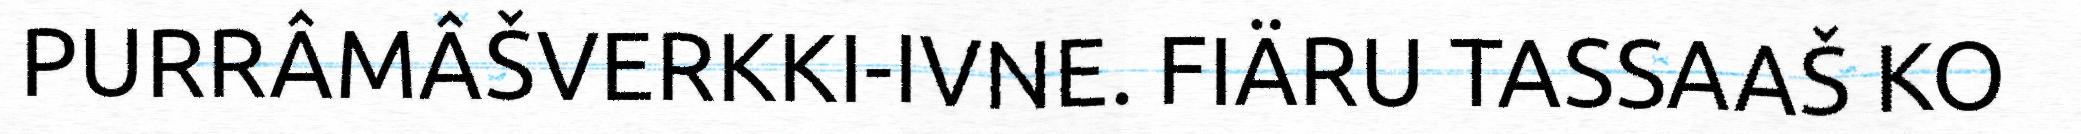
PURRÂMÂŠVERKKI-IVNE. FIÄRU TASSAAŠ KO